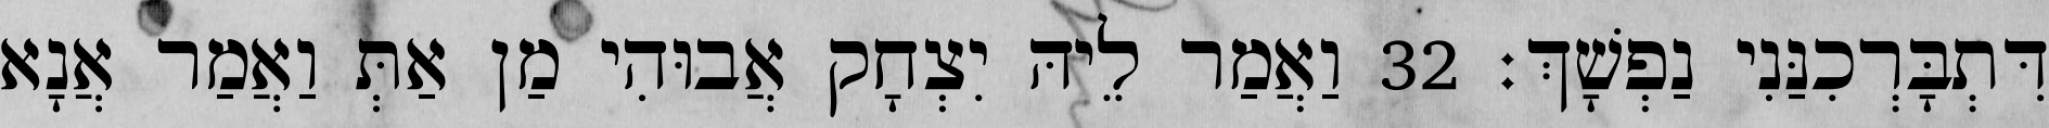
דִּתְבָּרְכִנַּנִי נַפְשָׁךְ׃ 32 וַאֲמַר לֵיהּ יִצְחָק אֲבוּהִי מַן אַתְּ וַאֲמַר אֲנָא